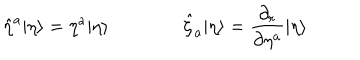
\hat { \eta } ^ { a } | \eta \rangle = \eta ^ { a } | \eta \rangle \qquad \qquad \hat { \zeta } _ { a } | \eta \rangle = \frac { \partial _ { r } } { \partial \eta ^ { a } } | \eta \rangle